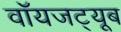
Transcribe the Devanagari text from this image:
वॉयजट्यूब